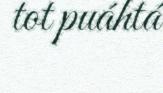
tot puáhtá